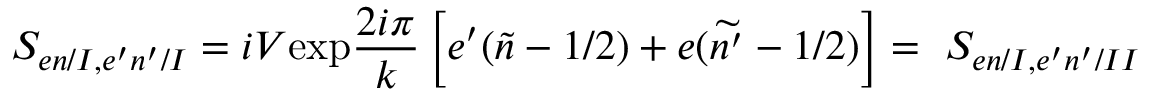
S _ { e n / I , e ^ { \prime } n ^ { \prime } / I } = i V \mathrm { e x p } \frac { 2 i \pi } { k } \left[ e ^ { \prime } ( \widetilde { n } - 1 / 2 ) + e ( \widetilde { n ^ { \prime } } - 1 / 2 ) \right] = \ S _ { e n / I , e ^ { \prime } n ^ { \prime } / I I }